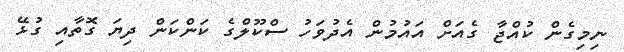
ނިމިގެން ކުއްޖާ ގެއަށް އައުމުން އެދުވަހު ސްކޫލްގެ ކަންކަން ދިޔަ ގޮތާއި ގުޅޭ